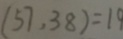
( 5 7 , 3 8 ) = 1 9